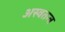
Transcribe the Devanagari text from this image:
अस्वतन्त्र